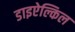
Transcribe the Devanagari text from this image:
डाइऐल्किल